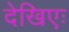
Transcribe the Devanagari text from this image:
देखिएः